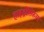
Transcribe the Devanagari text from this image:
हाइड्रोस्फ़ियर